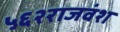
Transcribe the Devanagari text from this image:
५६२राजवंश